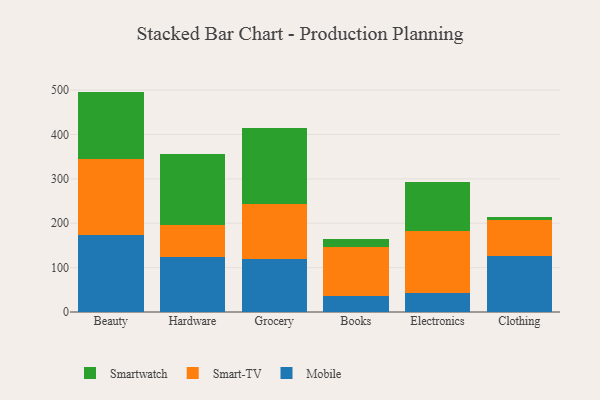
{"axis": {"x": "Category", "y": "Customer Acquisition Cost (USD)"}, "legend": ["Mobile", "Smart-TV", "Smartwatch"], "data": [{"x": "Beauty", "y": 173.6, "type": "Mobile"}, {"x": "Beauty", "y": 171.9, "type": "Smart-TV"}, {"x": "Beauty", "y": 151.2, "type": "Smartwatch"}, {"x": "Hardware", "y": 123.7, "type": "Mobile"}, {"x": "Hardware", "y": 73.5, "type": "Smart-TV"}, {"x": "Hardware", "y": 158.3, "type": "Smartwatch"}, {"x": "Grocery", "y": 118.5, "type": "Mobile"}, {"x": "Grocery", "y": 124.0, "type": "Smart-TV"}, {"x": "Grocery", "y": 172.2, "type": "Smartwatch"}, {"x": "Books", "y": 35.0, "type": "Mobile"}, {"x": "Books", "y": 111.1, "type": "Smart-TV"}, {"x": "Books", "y": 17.9, "type": "Smartwatch"}, {"x": "Electronics", "y": 42.4, "type": "Mobile"}, {"x": "Electronics", "y": 139.6, "type": "Smart-TV"}, {"x": "Electronics", "y": 110.0, "type": "Smartwatch"}, {"x": "Clothing", "y": 125.6, "type": "Mobile"}, {"x": "Clothing", "y": 81.5, "type": "Smart-TV"}, {"x": "Clothing", "y": 7.6, "type": "Smartwatch"}]}